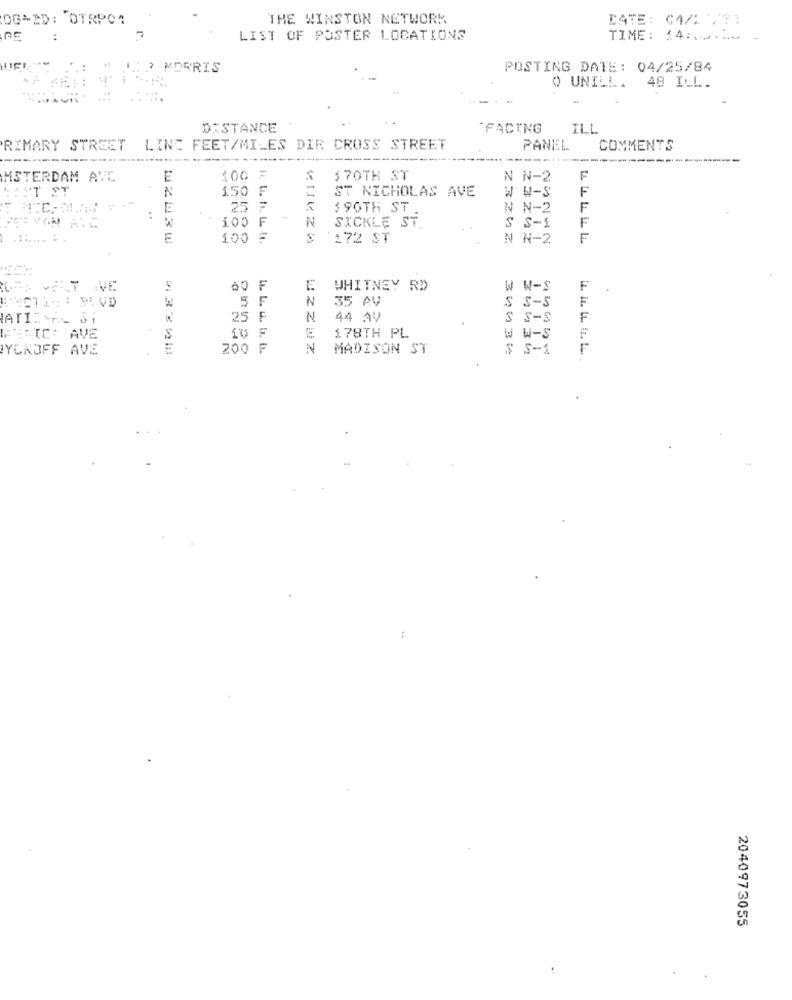
OG-ID: OTRPO1
THE WINSTON NETWORK.
DATE: 04/1 781
LIST OF POSTER LOCATIONS
TIME: 14 :..... .
.: D MORRIS
POSTING DATE: 04/25/84
O UNILL. 48 ILL.
DISTANCE
FACING
ILL
RIMARY STREET LINE FEET/MILES DIR CROSS STREET
PANEEL
COMMENTS
MSTERDAM AVE
E
100 F
70TH ST
N N-2
F
:MT ST
N
ST NICHOLAS AVE
W W-S
F
1.50
E
25
390TH ST
N N-2
F
100 F "
N
SICKLE ST.
S S-1
F
E
100 F
$ 172 ST
N N-2
F
VE
E
WHITNEY RD
W W-S
F
DI VID
5 F
N
35 AV
F
S S-5
ATI.\n_ _!
25 F
N
44 AV
S S-S
F
E
F
IFSIC: AVE
L. L. u .. W.
1.78TH PL
W w-S
YCKOFF AVE
200 F
MADISON ST
$ S-1
F
ONJO
2040973055